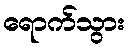
ရောက်သွား